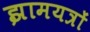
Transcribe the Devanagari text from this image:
झामयत्रों